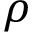
\rho